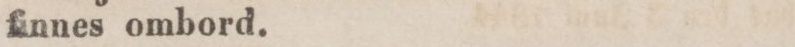
finnes ombord.